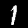
Label: 1